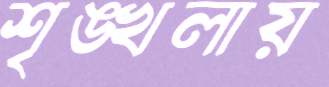
শৃঙ্খলায়